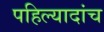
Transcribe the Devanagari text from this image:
पहिल्यादांच